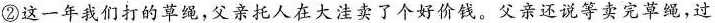
②这一年我们打的草绳，父亲托人在大洼卖了个好价钱。父亲还说等卖完草绳，过